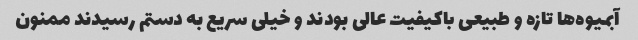
آبمیوه‌ها تازه و طبیعی باکیفیت عالی بودند و خیلی سریع به دستم رسیدند ممنون